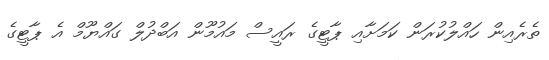
ތެރެއިން ހައްލުކުރަން ކަމަށާއި ޕާޓީގެ ރައީސް މައުމޫން އަބްދުލް ގައްޔޫމް އެ ޕާޓީގެ